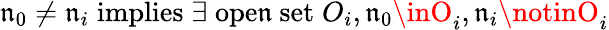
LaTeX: \mathfrak{n}_{0}\neq\mathfrak{n}_{i}\; \mathrm{{implies}}\; \exists\; \mathrm{{ope\mathfrak{n}~set}}\; O_{i},\mathfrak{n}_{0}\inO_{i},\mathfrak{n}_{i}\notinO_{i}